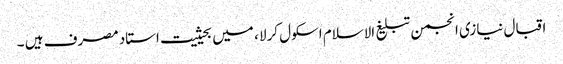
اقبال نیازی انجمن تبلیغ الاسلام اسکول کرلا ، میں بحیثیت استاد مصرف ہیں ۔